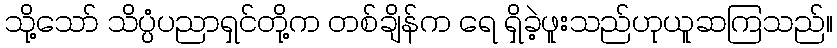
သို့သော် သိပ္ပံပညာရှင်တို့က တစ်ချိန်က ရေ ရှိခဲ့ဖူးသည်ဟုယူဆကြသည်။